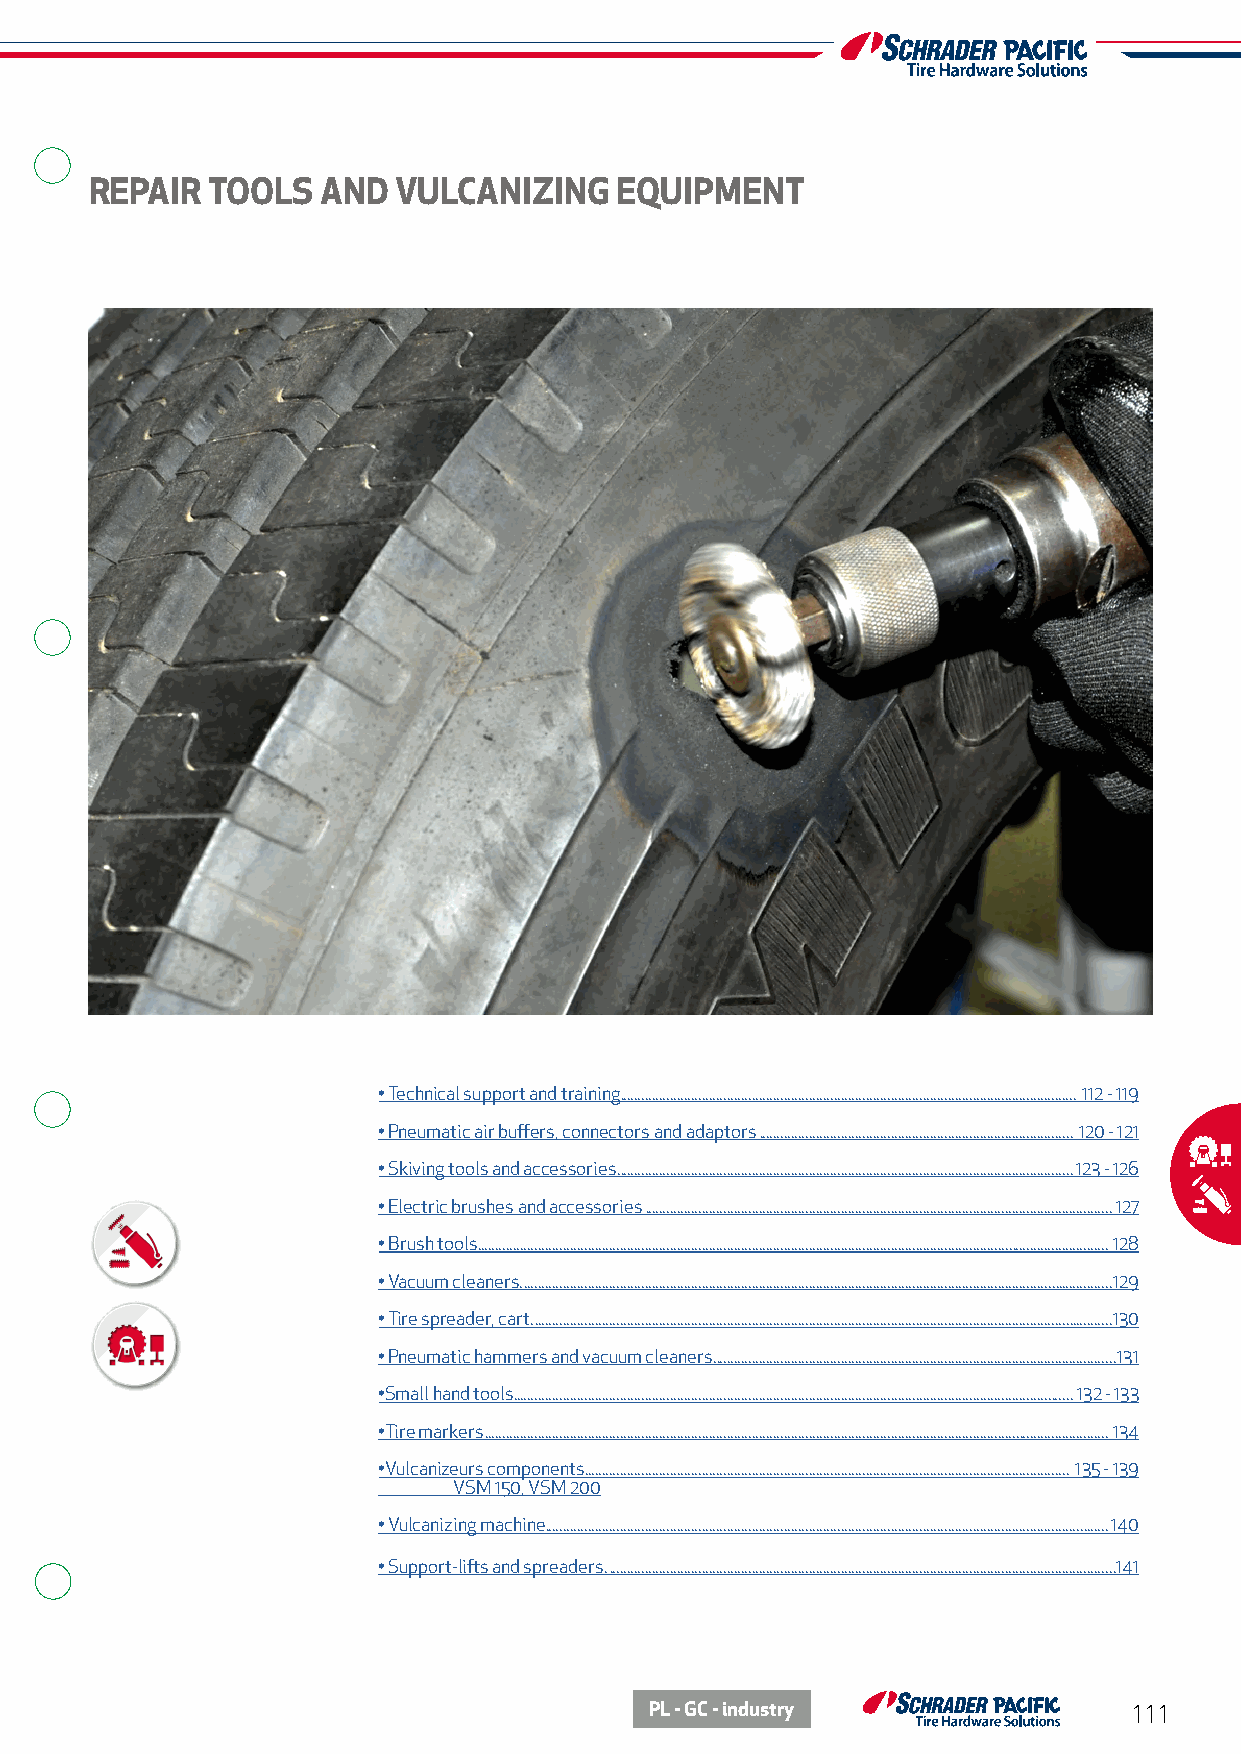
REPAIR  TOOLS  AND  VULCANIZING    EQUIPMENT
 • Technical support and training................................................................................................................................ 112 - 119
 • Pneumatic air buffers, connectors and adaptors ........................................................................................ 120 - 121
 • Skiving tools and accessories. ...............................................................................................................................123 - 126
 • Electric brushes and accessories ...................................................................................................................................127
 • Brush tools ................................................................................................................................................................................. 128
 • Vacuum cleaners. .....................................................................................................................................................................129
 • Tire spreader, cart. ..................................................................................................................................................................130
 • Pneumatic hammers and vacuum cleaners. ................................................................................................................131
 •Small hand tools............................................................................................................................................................. 132 - 133
 •Tire markers ............................................................................................................................................................................... 134
 •Vulcanizeurs components........................................................................................................................................ 135 - 139
 VSM 150, VSM 200
 • Vulcanizing machine ..............................................................................................................................................................140
 • Support-lifts and spreaders. ..............................................................................................................................................141
 PL - GC - industry              111